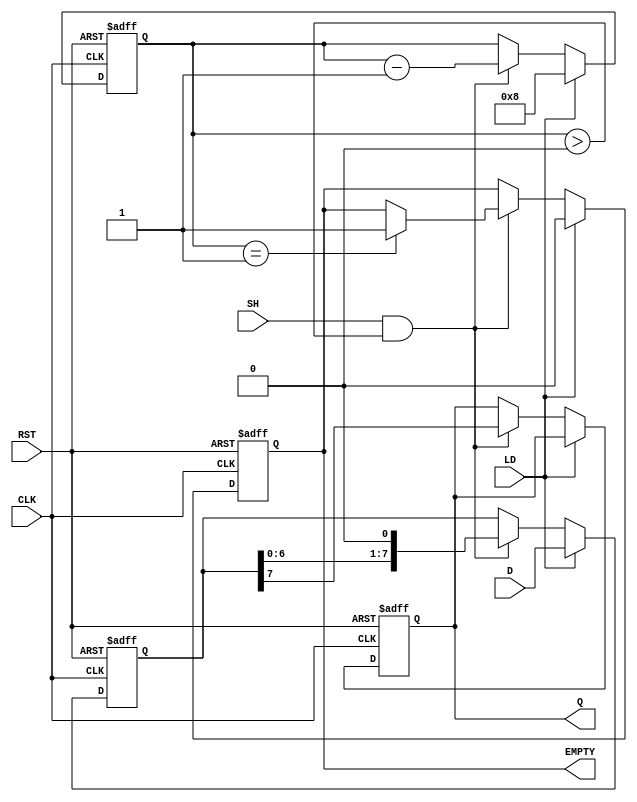
module dynamic_piso_register #(
    parameter N = 8  // Parameter for the number of bits
)(
    input wire [N-1:0] D,      // Parallel data input
    input wire LD,              // Load control signal
    input wire SH,              // Shift control signal
    input wire CLK,             // Clock signal
    input wire RST,             // Asynchronous reset signal
    output reg Q,               // Serial output
    output reg EMPTY            // Empty flag
);

    reg [N-1:0] storage;        // Storage for the N bits
    reg [N-1:0] shift_reg;      // Shift register to hold the data during shifting
    reg [3:0] count;            // Counter to track the number of bits shifted out

    always @(posedge CLK or posedge RST) begin
        if (RST) begin
            storage <= 0;       // Clear storage on reset
            shift_reg <= 0;     // Clear shift register
            Q <= 0;             // Clear output
            EMPTY <= 1;         // Set EMPTY flag
            count <= 0;         // Reset count
        end else begin
            if (LD) begin
                storage <= D;    // Load data into storage
                shift_reg <= D;  // Initialize shift register with data
                count <= N;      // Set count to N (number of bits)
                EMPTY <= 0;      // Clear EMPTY flag
            end else if (SH && count > 0) begin
                Q <= shift_reg[N-1]; // Output the MSB
                shift_reg <= {shift_reg[N-2:0], 1'b0}; // Shift right
                count <= count - 1; // Decrement count
                if (count == 1) begin
                    EMPTY <= 1; // Set EMPTY flag when all bits are shifted out
                end
            end
        end
    end

endmodule